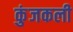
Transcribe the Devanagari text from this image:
कुंजकली